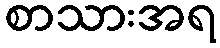
စာသားအရ